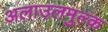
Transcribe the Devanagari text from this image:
अलाउलमुल्क